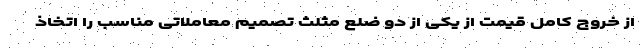
از خروج کامل قیمت از یکی از دو ضلع مثلث تصمیم معاملاتی مناسب را اتخاذ